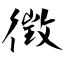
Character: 徴